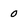
Character: 0